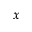
\v x